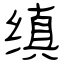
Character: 缜